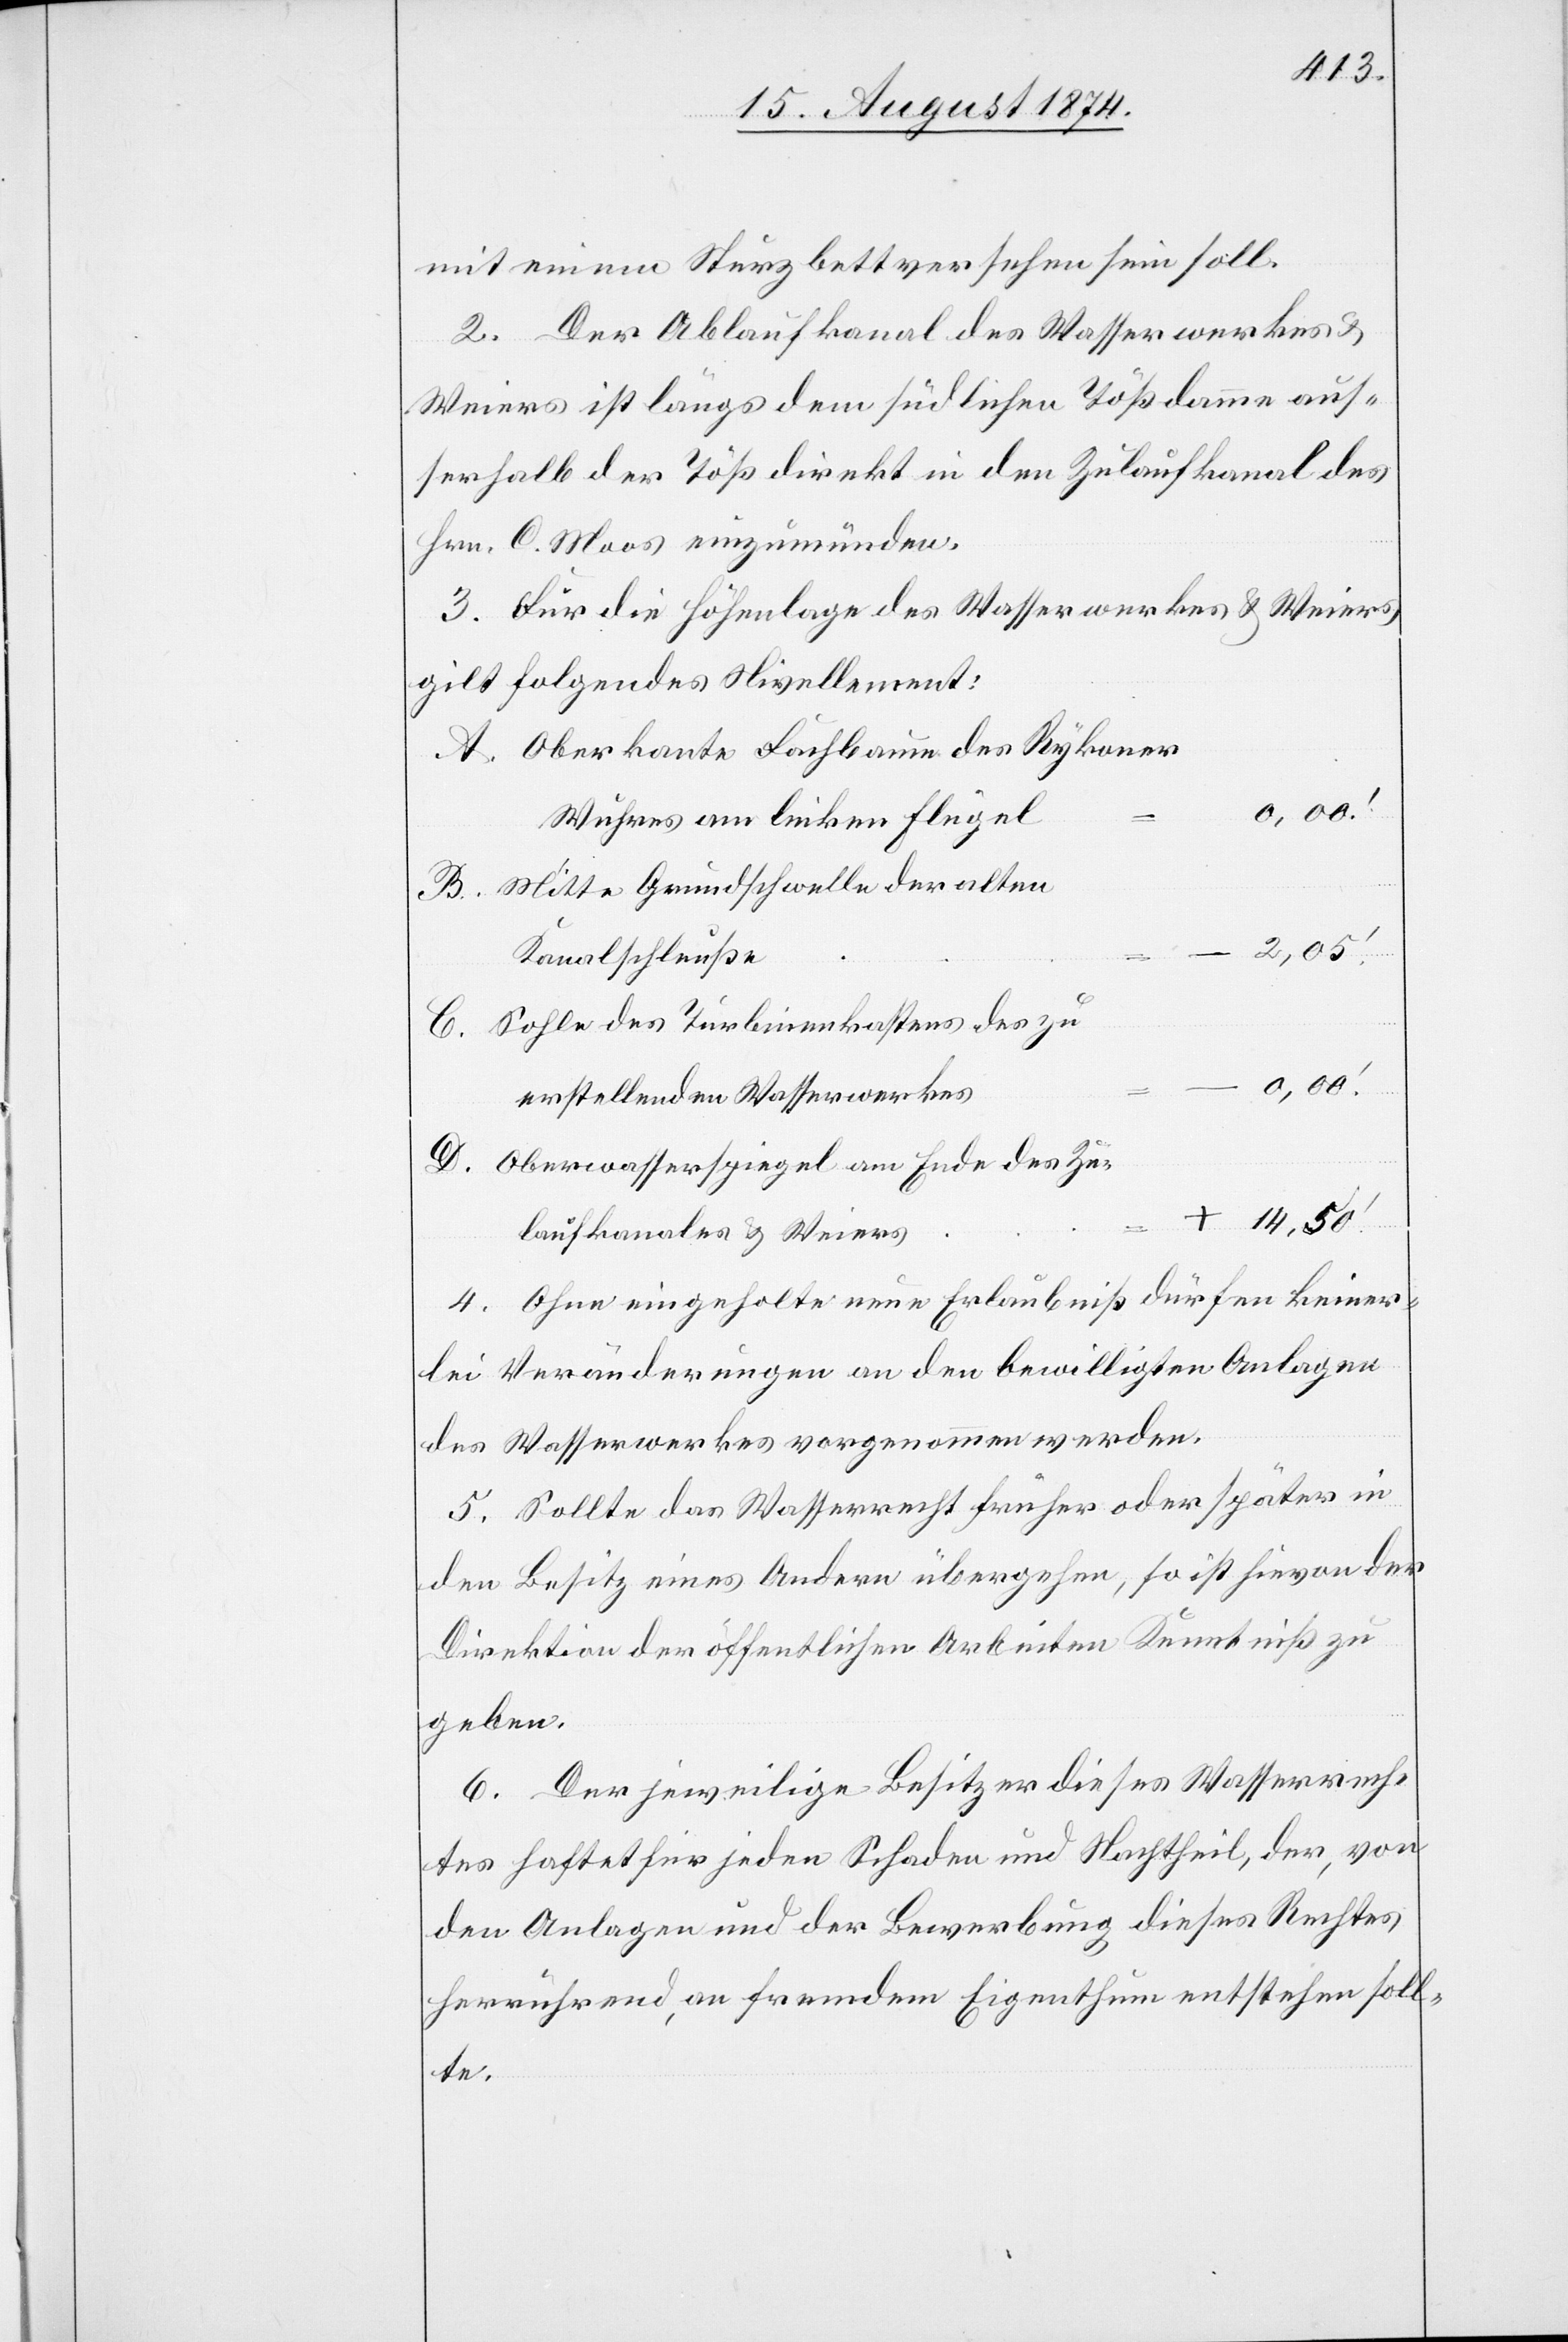
mit einem Sturzbett versehen sein soll.
2. Der Ablaufkanal des Wasserwerkes u.
Weiers ist längs dem südlichen Tößdamm aus¬
serhalb der Töß direkt in den Zulaufkanal des
Hrn. C. Moos einzumünden.
3. Für die Höhenlage des Wasserwerkes u. Weiers
gilt folgendes Nivellement:
Oberkante Fachbaum des Rykoner
Wuhres am linken Flügel
Mitte Grundschwelle der alten
2,05.‘
Kanalschleuße
Sohle des Turbinenkastens des zu
erstellenden Wasserwerkes
Oberwasserspiegel am Ende des Zu¬
laufkanales u. Weiers
4. Ohne eingeholte neue Erlaubniß dürfen keiner¬
lei Veränderungen an den bewilligten Anlagen
des Wasserwerkes vorgenommen werden.
5. Sollte das Wasserrecht früher oder später in
den Besitz eines Andern übergehen, so ist hievon der
Direktion der öffentlichen Arbeiten Kenntniß zu
geben.
6. Der jeweilige Besitzer dieses Wasserrech¬
tes haftet für jeden Schaden und Nachtheil, der, von
den Anlagen und der Bewerbung dieses Rechtes
herrührend, an fremdem Eigenthum entstehen soll¬
te.